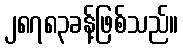
၂၈၇၈၃ခန့်ဖြစ်သည်။